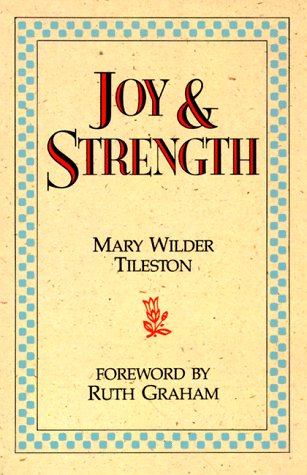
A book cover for Joy and Strength; Mary Wilder Tileston; Christian Books & Bibles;